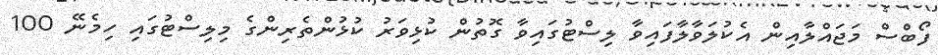
ފޯބްސް މަޖައްލާއިން އެކުލަވާލާފައިވާ ލިސްޓުގައިވާ ގޮތުން ކުޅިވަރު ކުޅުންތެރިންގެ މިލިސްޓުގައި ހިމެނޭ 100